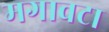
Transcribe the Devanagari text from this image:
मगावटा